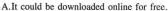
A. It could be downloaded online for free.